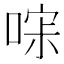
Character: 𰈎